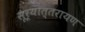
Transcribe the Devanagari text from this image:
सूर्योत्तरायण